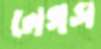
লেগস